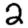
Digit: 2